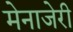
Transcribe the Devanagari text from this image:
मेनाजेरी